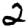
Digit: 2